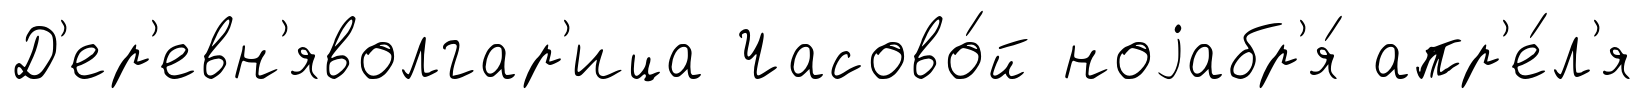
Д'ер'евн'яволгар'ица Часово́й ноjабр'я́ апр'е́л'я